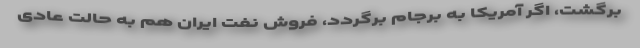
برگشت، اگر آمریكا به برجام برگردد، فروش نفت ایران هم به حالت عادی